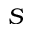
S